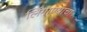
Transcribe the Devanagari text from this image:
लिंगाण्याचा